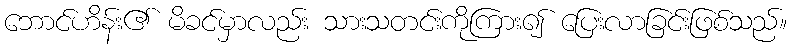
ဘောင်ဟိန်း၏ မိခင်မှာလည်း သားသတင်းကိုကြား၍ ပြေးလာခြင်းဖြစ်သည်။